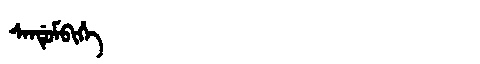
Manchu: ᠰᠠᠨᡩᡠᠮᠪᡳᡥᡝ
Romanization: SANDUMBIHE